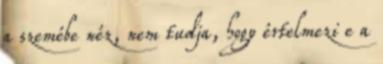
a szemébe néz, nem tudja, hogy értelmezi e a